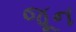
જૂૂન